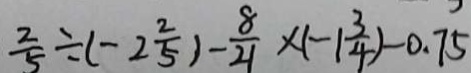
\frac { 2 } { 5 } \div ( - 2 \frac { 2 } { 5 } ) - \frac { 8 } { 2 1 } \times ( - 1 \frac { 3 } { 4 } ) - 0 . 7 5